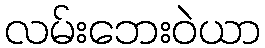
လမ်းဘေးဝဲယာ